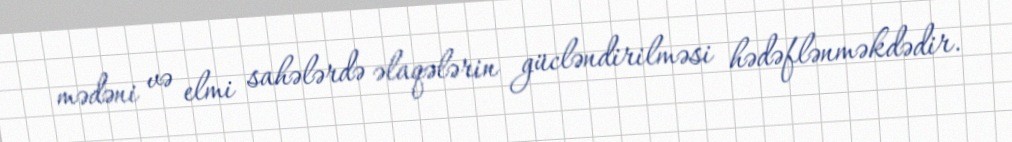
mədəni və elmi sahələrdə əlaqələrin gücləndirilməsi hədəflənməkdədir.